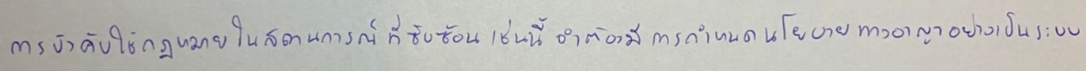
การบังคับใช้กฎหมายในสถานการณ์ที่ซับซ้อนเช่นนี้จำต้องมีการกำหนดนโยบายทางอาญาอย่างเป็นระบบ